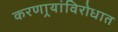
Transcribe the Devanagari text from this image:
करणार्‍यांविरोधात